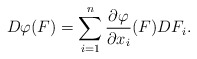
\begin{align*}D\varphi (F)=\sum_{i=1}^{n}\frac{\partial \varphi }{\partial x_{i}}(F)DF_{i}.\end{align*}